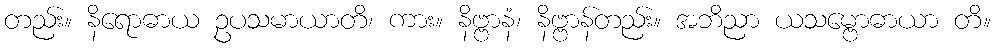
တည်း။ နိရောဓာယ ဥပသမာယာတိ၊ ကား။ နိဗ္ဗာနံ၊ နိဗ္ဗာန်တည်း။ အဘိညာ ယသမ္ဗောဓာယာ တိ။